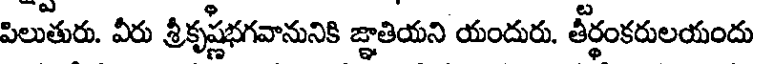
పిలుతురు. వీరు శ్రీకృష్ణభగవానునికి జ్ఞాతియని యందురు. తీర్థంకరులయందు